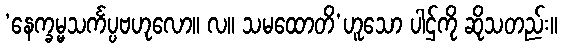
‘နေက္ခမ္မသင်္ကပ္ပဗဟုလော။ လ။ သမထောတိ’ဟူသော ပါဌ်ကို ဆိုသတည်း။